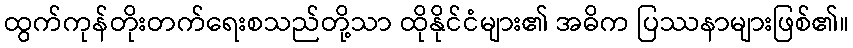
ထွက်ကုန်တိုးတက်ရေးစသည်တို့သာ ထိုနိုင်ငံများ၏ အဓိက ပြဿနာများဖြစ်၏။